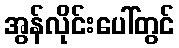
အွန်လိုင်းပေါ်တွင်